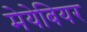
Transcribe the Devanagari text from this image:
मेयेबियर